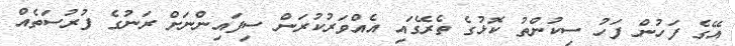
އޭގެ ފަހުން ފަހު ސިކުންތު ކޮޅުގެ ތެރޭގައި އެއްވަރުކުރަން ސިފައިންނަށް ރަނުގެ ފުރުސަތެއް